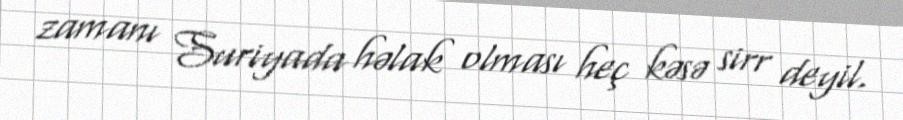
zamanı Suriyada həlak olması heç kəsə sirr deyil.